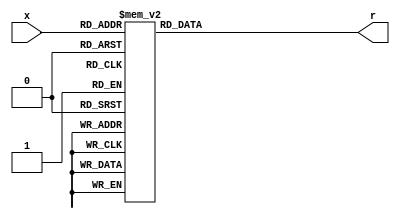
`timescale 1ns / 1ps
//////////////////////////////////////////////////////////////////////////////////
// Company: 
// Engineer: 
// 
// Design Name: 
// Module Name: hex2seg
// Project Name: 
// Target Devices: 
// Tool Versions: 
// Description: 
// 
// Dependencies: 
// 
// Revision:
// Revision 0.01 - File Created
// Additional Comments:
// 
//////////////////////////////////////////////////////////////////////////////////


module hex2seg(
     input [3:0] x,
     output reg [6:0] r
 );

 always @(*)
     case (x)
     4'b0000 : r = 7'b0000001;
     4'b0001 : r = 7'b1001111;
     4'b0010 : r = 7'b0010010;
     4'b0011 : r = 7'b0000110;
     4'b0100 : r = 7'b1001100;
     4'b0101 : r = 7'b0100100;
     4'b0110 : r = 7'b0100000;
     4'b0111 : r = 7'b0001111; 
     4'b1000 : r = 7'b0000000;
     4'b1001 : r = 7'b0001100;
     4'b1010 : r = 7'b0001100;
     4'b1011 : r = 7'b0001100;
     4'b1100 : r = 7'b0001100;
     4'b1101 : r = 7'b0001100;
     4'b1110 : r = 7'b0001100;
     4'b1111 : r = 7'b0001100;
 endcase

endmodule